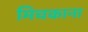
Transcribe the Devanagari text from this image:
मिचकाना